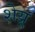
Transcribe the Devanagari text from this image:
शेय्र्र